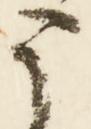
う